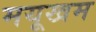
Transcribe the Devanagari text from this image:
मयूखम